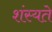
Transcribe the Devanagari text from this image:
शंस्यते